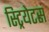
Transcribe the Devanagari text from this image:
स्ट्रियेटस